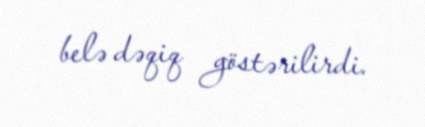
belə dəqiq göstərilirdi.